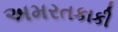
અમરતકાકી